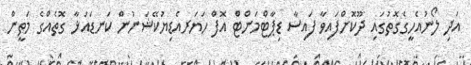
އަދި ލޯނުއެހީގެގޮތުގައި ދޫކޮށްފައިވާ ފައިސާ ޑިޕާޓްމަންޓް އޮފް ހަޔަރއެޑިޔުކޭޝަނުން ކަނޑައަޅާ ގޮތެއްގެ މަތީން